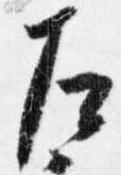
左